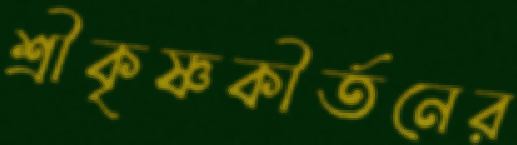
শ্রীকৃষ্ণকীর্তনের